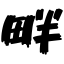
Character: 畔